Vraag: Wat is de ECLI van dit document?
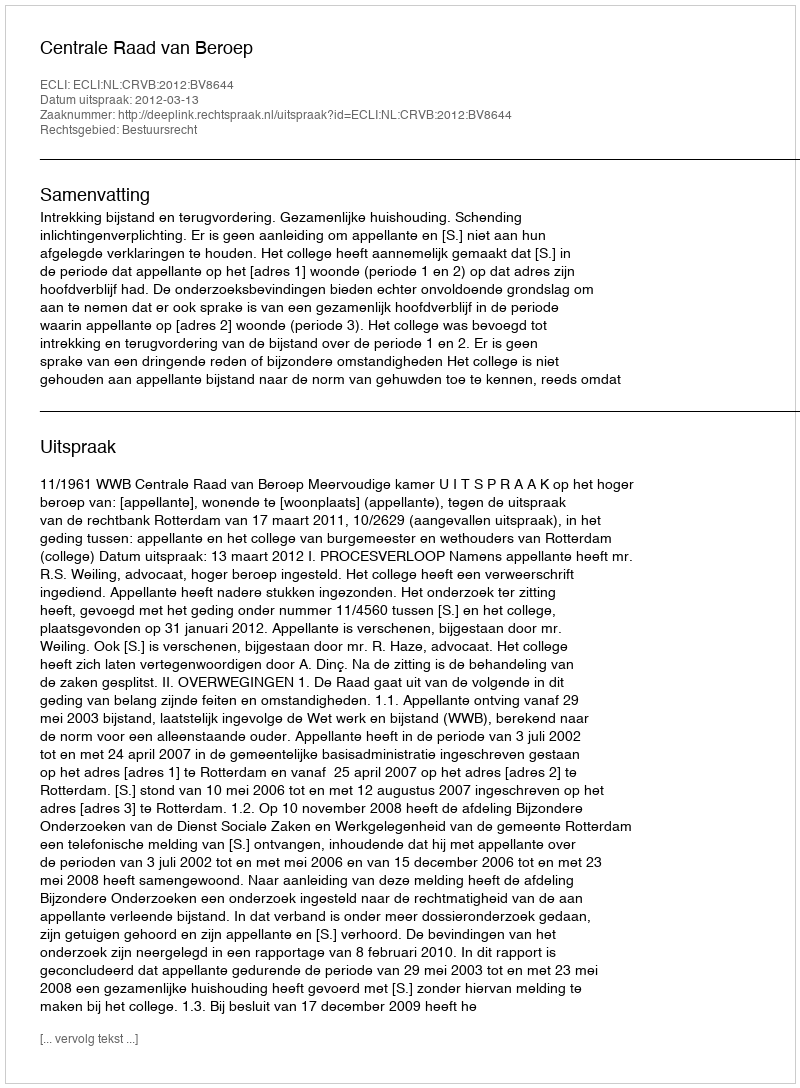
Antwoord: ECLI:NL:CRVB:2012:BV8644